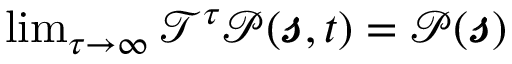
\begin{array} { r } { \operatorname* { l i m } _ { \tau \rightarrow \infty } \mathscr { T } ^ { \tau } \mathcal { P } ( \pmb { \mathscr { s } } , t ) = \mathscr { P } ( \pmb { \mathscr { s } } ) } \end{array}